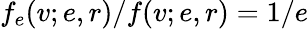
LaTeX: f_{e}(v;e,r)/f(v;e,r)=1/e